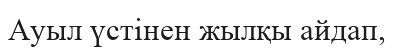
Ауыл үстінен жылқы айдап,